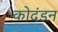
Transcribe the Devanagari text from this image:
कोदंडन